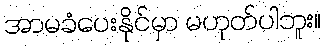
အာမခံပေးနိုင်မှာ မဟုတ်ပါဘူး။